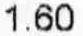
1.60